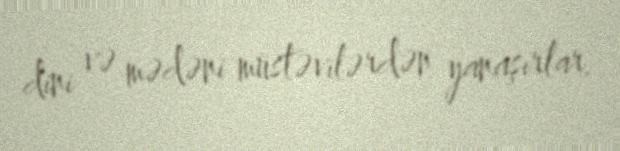
dini və mədəni müstəvilərdən yanaşırlar.